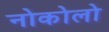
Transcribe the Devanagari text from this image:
नोकोलो